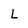
Character: L